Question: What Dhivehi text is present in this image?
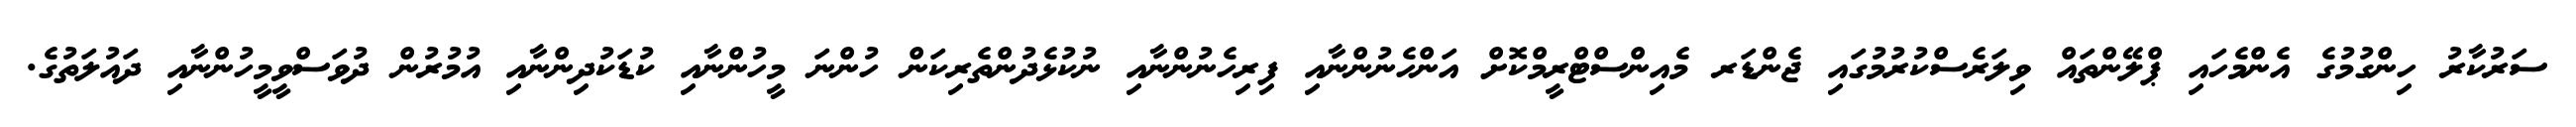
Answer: ސަރުކާރު ހިންގުމުގެ އެންމެހައި ޕްލޭންތައް ވިލަރެސްކުރުމުގައި ޖެންޑަރ މެއިންސްޓްރީމްކޮށް އަންހެނުންނާއި ފިރިހެނުންނާއި ނުކުޅެދުންތެރިކަން ހުންނަ މީހުންނާއި ކުޑަކުދިންނާއި އުމުރުން ދުވަސްވީމީހުންނާއި ދައުލަތުގެ.